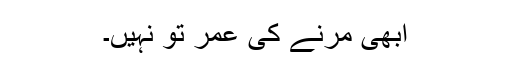
ابھی مرنے کی عمر تو نہیں۔